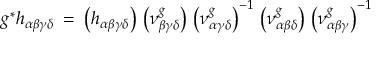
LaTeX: g ^ { * } h _ { \alpha \beta \gamma \delta } \: = \: \left( h _ { \alpha \beta \gamma \delta } \right) \, \left( \nu _ { \beta \gamma \delta } ^ { g } \right) \, \left( \nu _ { \alpha \gamma \delta } ^ { g } \right) ^ { - 1 } \, \left( \nu _ { \alpha \beta \delta } ^ { g } \right) \, \left( \nu _ { \alpha \beta \gamma } ^ { g } \right) ^ { - 1 }